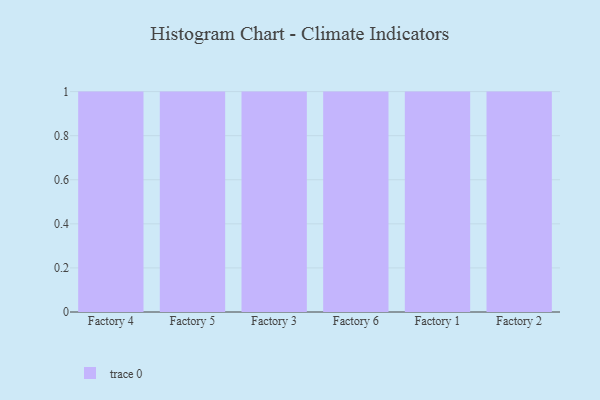
{"axis": {"x": "Factory", "y": "Backlog"}, "legend": [""], "data": [{"x": "Factory 4", "y": 10, "type": ""}, {"x": "Factory 5", "y": 31, "type": ""}, {"x": "Factory 3", "y": 92, "type": ""}, {"x": "Factory 6", "y": 94, "type": ""}, {"x": "Factory 1", "y": 20, "type": ""}, {"x": "Factory 2", "y": 53, "type": ""}]}